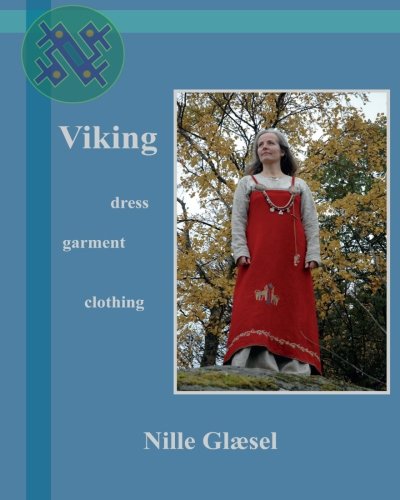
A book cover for Viking: Dress  Clothing Garment; Nille Glaesel; Crafts, Hobbies & Home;